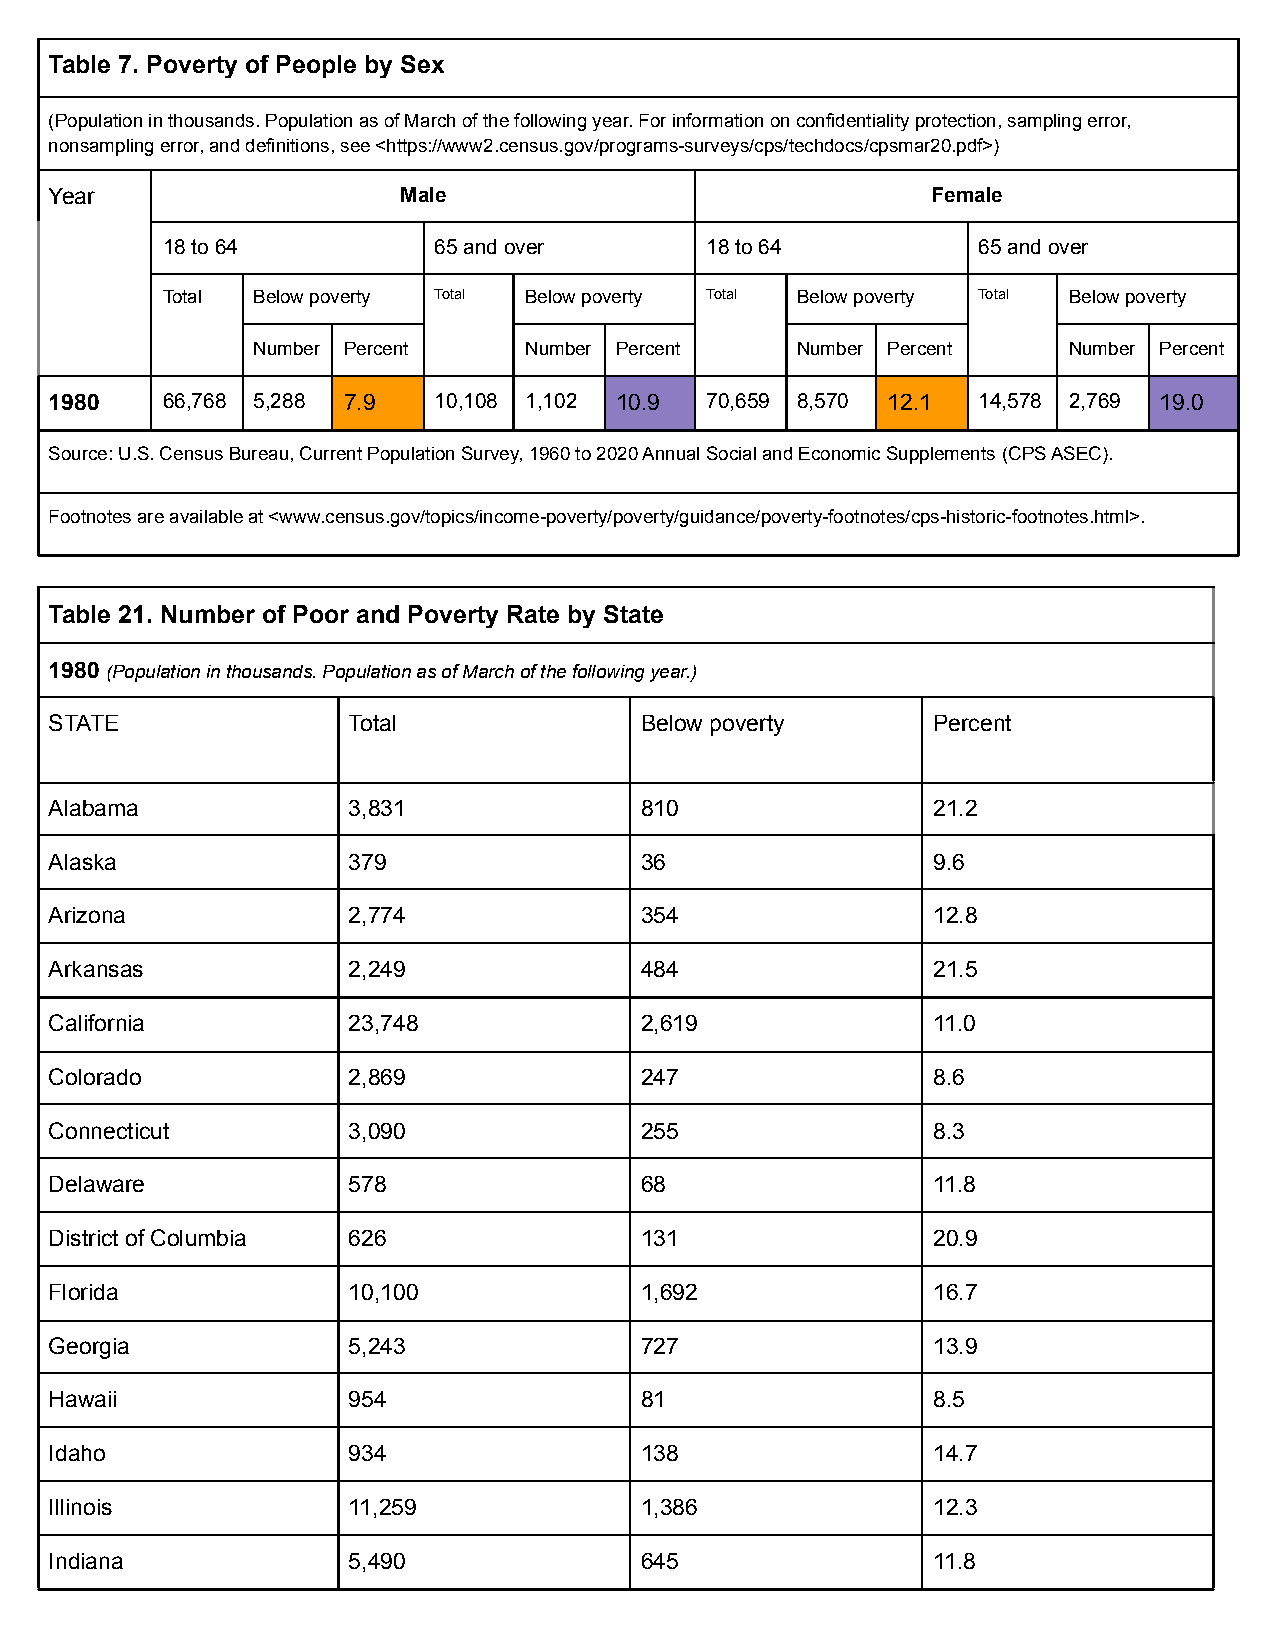
Table 7. Poverty of People by Sex
 (Population in thousands. Population as of March ofthe following year. For information on confidentialityprotection, sampling error,
 nonsampling error, and definitions, see <https://www2.census.gov/programs-surveys/cps/techdocs/cpsmar20.pdf>)
 Year                    Male                               Female
 18 to 64          65 and over       18 to 64          65 and over
 Total Below poverty Total Below poverty Total Below poverty Total Below poverty
 Number Percent    Number Percent    Number Percent    Number Percent
 1980    66,768 5,288 7.9  10,108 1,102 10.9 70,659 8,570 12.1 14,578 2,769 19.0
 Source: U.S. Census Bureau, Current Population Survey,1960 to 2020 Annual Social and Economic Supplements(CPS ASEC).
 Footnotes are available at <www.census.gov/topics/income-poverty/poverty/guidance/poverty-footnotes/cps-historic-footnotes.html>.
 Table 21. Number of Poor and Poverty Rate by State
 1980 (Population in thousands. Population as of Marchof the following year.)
 STATE               Total              Below poverty       Percent
 Alabama             3,831              810                 21.2
 Alaska              379                36                  9.6
 Arizona             2,774              354                 12.8
 Arkansas            2,249              484                 21.5
 California          23,748             2,619               11.0
 Colorado            2,869              247                 8.6
 Connecticut         3,090              255                 8.3
 Delaware            578                68                  11.8
 District of Columbia 626               131                 20.9
 Florida             10,100             1,692               16.7
 Georgia             5,243              727                 13.9
 Hawaii              954                81                  8.5
 Idaho               934                138                 14.7
 Illinois            11,259             1,386               12.3
 Indiana             5,490              645                 11.8